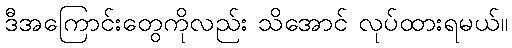
ဒီအကြောင်းတွေကိုလည်း သိအောင် လုပ်ထားရမယ်။